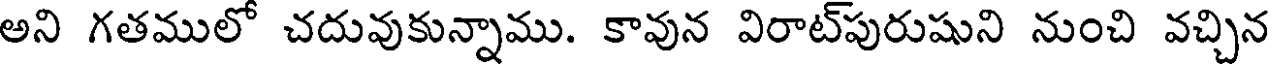
అని గతములో చదువుకున్నాము. కావున విరాట్పురుషుని నుంచి వచ్చిన